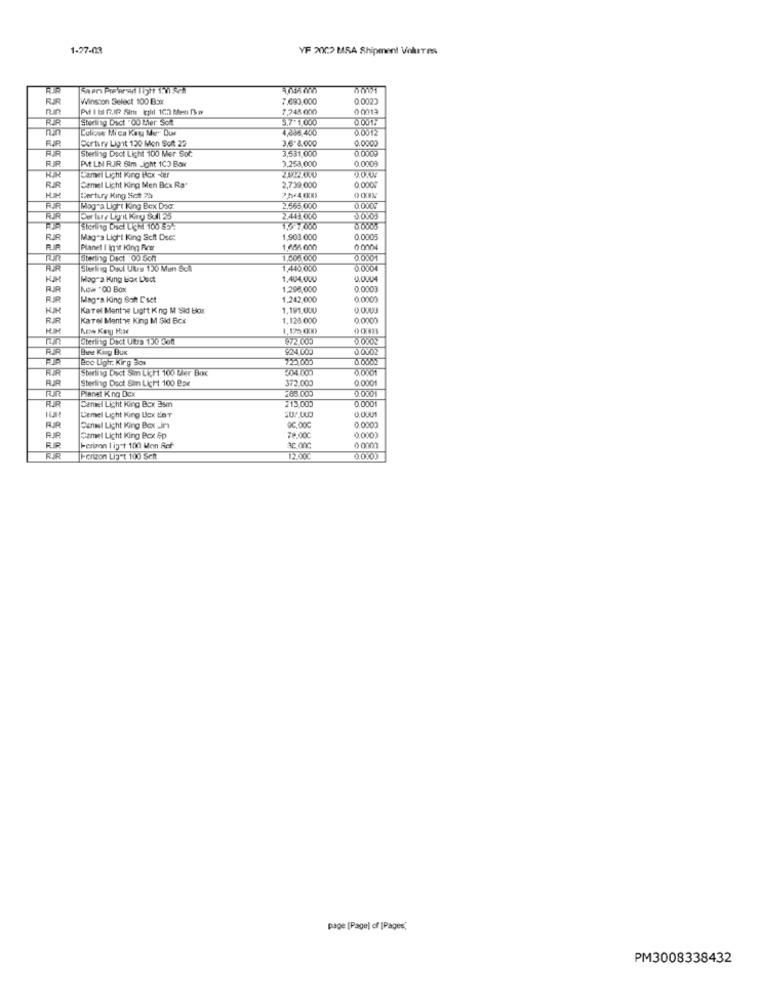
1-27-03
YF 2002 MSA Shipment Volutes
RJR
Winston Select 100 BEXX
7,693,000
0.002
7.248 000
0 0013
Storing Duct "OU tier Soft
5.7.1,000
4,386,450
0.0012
Cortury Ligit 130 Mon Soft 22
3,6 8,000
0.0001
FJR
AIR
Sterling Dect Light 100 Mer Sot.
3,531,000
FIR
Pt LN RJR Sim _Ight 1CD Box
3,253,000
0.0009
Camel Light King Box -Er
RIR
Camel Licht King Men Box Ra
2,739,000
0.0005
Dertury King Sett 75
Mog"a Light King Bex Dag.
2,665.000
0.0007
FR
Dertur Liprit Kiny Sull 25
2.449.000
Sterling Doct LiChi 100 55-
RJR
Mag's Light King Soft Dec:
1,903.000
0.0005
Planet I Inpir King Ricer
1,656 000
Stering Dect 00 Sch
1.000.000
0.0001
FIR
Siering Duct Uly 120 Men &cA
1,445,000
Magra King Box Lect
1,404,000
0.0004
FUR
NOW "00 BON
1,298,000
0.0003
RJR
Mulag"a King Scht Cset
1,242,000
0.0009
Karel Menthe Light K ng M Sid box
1.191.000
0.0003
RIR
Karel Menthe King M Sid Bcx
1.129.000
0.0009
Stering Dact Ultra 130 soft
972.005
0.000%
RIR
Bine Kiny Bux
924, 00J
2.0002
Ecc Uiphr. Kirg Bow
0.000
Sterling Doct Sim Licht 100 Bler Box
504.005
0.0001
Sterling Dect Sim Licht 100 Bax
372,000
0.0001
288.000
0.0001
RR
Planet Kng Dcx
213,000
0.0001
Camel Light King Box 35m
Cemel Light King Lex LaT
Cenael Licht King Box _In
90,00G
78.00C
0,0000
RJR
Camel Licht King Box Sp
0.000)
Herinon 1 ig"t 100 Mon Ref
92.OnC
0 0000
Ierizon Lig"t 100 Seit
12.00
0.000)
page [Page) of [Pages,
PM3008338432